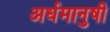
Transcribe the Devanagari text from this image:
अर्धमानुषी